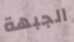
الجبهة